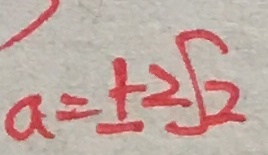
a = \pm 2 \sqrt { 2 }